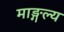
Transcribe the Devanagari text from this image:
माङ्गल्य